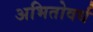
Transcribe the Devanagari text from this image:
अभितोवर्ध